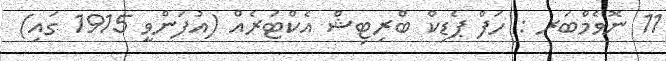
11 ނޮވެމްބަރ : ހަފް ޕެޑިކް ބްރިޓިޝް އެކްޓަރެއް (އުފަންވީ 1915 ގައި)